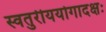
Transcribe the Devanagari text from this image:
स्वतुरीययोगादक्षः